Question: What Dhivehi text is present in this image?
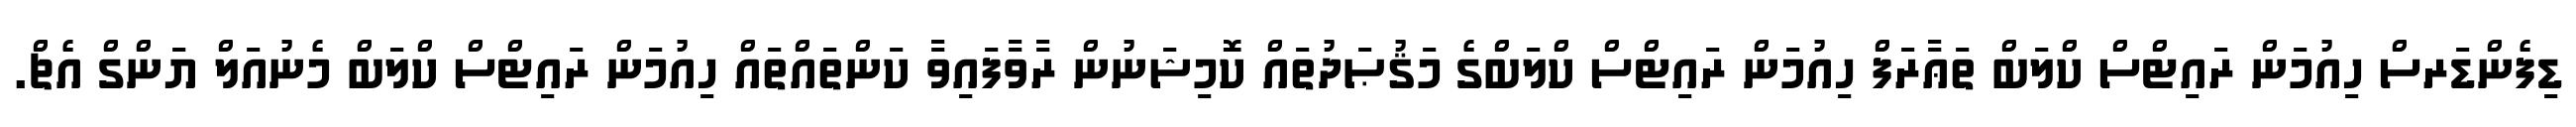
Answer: ޑިފެންޑަރސް ހިއުމަން ރައިޓްސް ކްލަބް ތަޢާރަފް ހިއުމަން ރައިޓްސް ކްލަބްގެ މަޤުޞަދުތައް ކޮމިޝަނުން ރާވާފައިވާ ކަންތައްތައް ހިއުމަން ރައިޓްސް ކްލަބް މެނުއަލް ޔަންގް އެޗް.